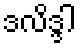
ဒလိဒ္ဒါ